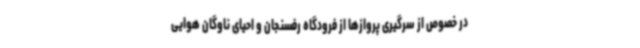
در خصوص از سرگیری پروازها از فرودگاه رفسنجان و احیای ناوگان هوایی